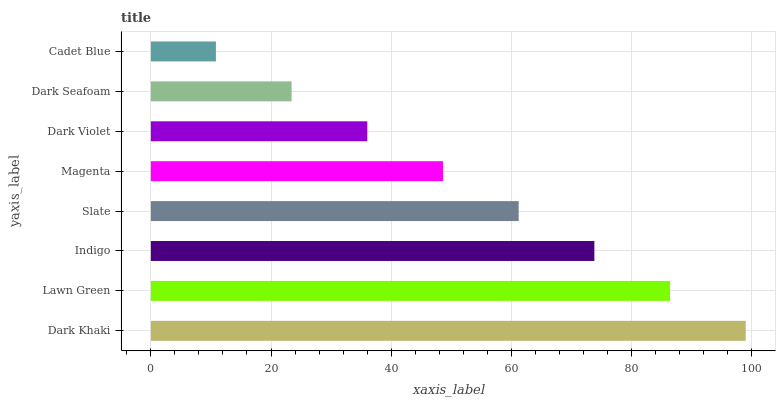
| yaxis_label | bars |
 | --- | --- |
 | Dark Khaki | 99 |
 | Lawn Green | 86.4 |
 | Indigo | 73.8 |
 | Slate | 61.2 |
 | Magenta | 48.6 |
 | Dark Violet | 36 |
 | Dark Seafoam | 23.4 |
 | Cadet Blue | 10.8 |